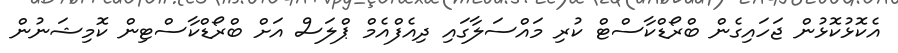
އެކޮޅުކޮޅުން ޖަހައިގެން ބްރޯޑްކާސްޓް ކުރި މައްސަލާގައި ދިއެފްއެމް ޕްލަސް އަށް ބްރޯޑްކާސްޓިން ކޮމިިޝަނުން